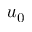
u _ { 0 }